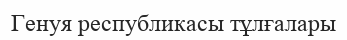
Генуя республикасы тұлғалары